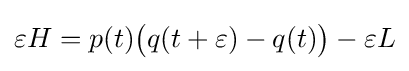
\varepsilon H=p(t){\big (}q(t+\varepsilon )-q(t){\big )}-\varepsilon L